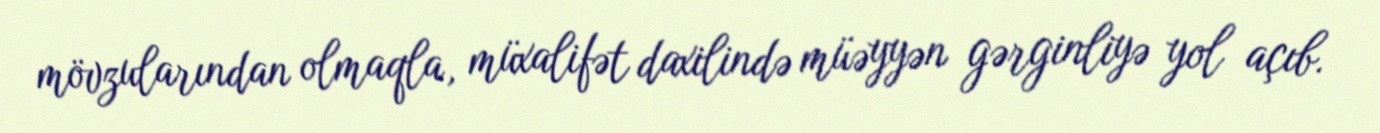
mövzularından olmaqla, müxalifət daxilində müəyyən gərginliyə yol açıb.